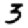
Digit: 3